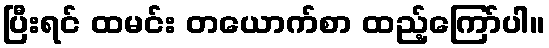
ပြီးရင် ထမင်း တယောက်စာ ထည့်ကြော်ပါ။